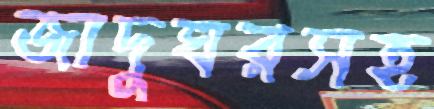
জাদুঘরসহ